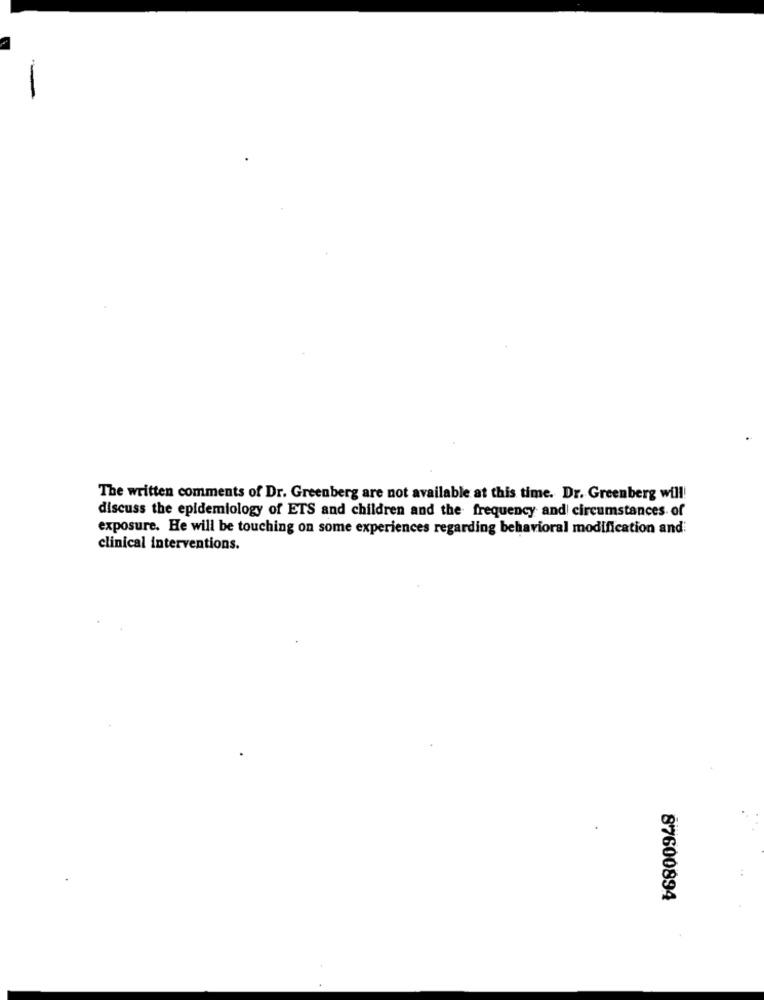
The written comments of Dr. Greenberg are not available at this time. Dr. Greenberg will!
discuss the epidemiology of ETS and children and the frequency and circumstances of
exposure. He will be touching on some experiences regarding behavioral modification and
clinical interventions.
87600894